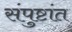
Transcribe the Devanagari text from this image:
संपुष्टांत